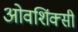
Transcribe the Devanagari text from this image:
ओवशिंक्सी